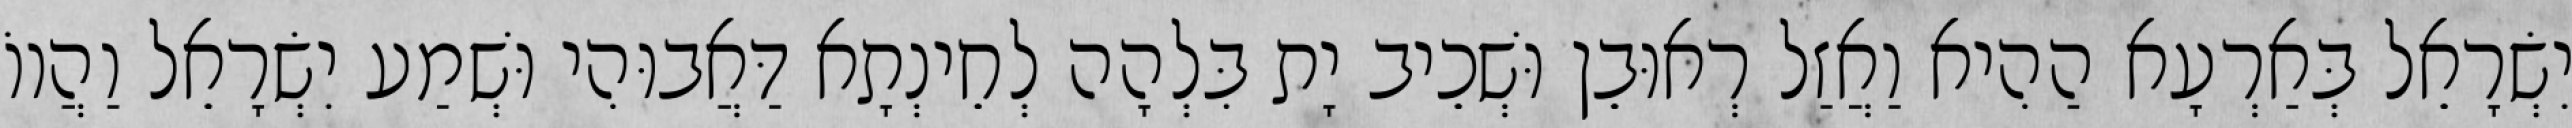
יִשְׂרָאֵל בְּאַרְעָא הַהִיא וַאֲזַל רְאוּבֵן וּשְׁכֵיב יָת בִּלְהָה לְחֵינְתָא דַּאֲבוּהִי וּשְׁמַע יִשְׂרָאֵל וַהֲווֹ